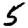
Digit: 5